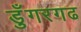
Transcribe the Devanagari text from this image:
डुँगरगढ